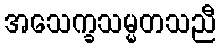
အသေက္ခသမ္မတသညီ